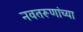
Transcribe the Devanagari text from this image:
नवतरूणांच्या